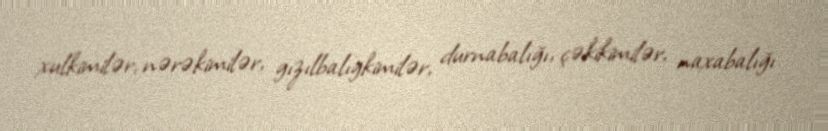
xulkimilər, nərəkimilər, gızılbalıgkimilər, durnabalığı, çəkikimilər, naxabalığı